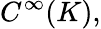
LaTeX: C^{\infty}(K),